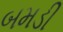
બમડી